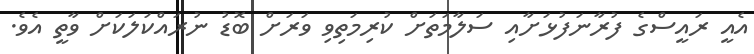
އެއީ ރައީސްގެ ފުރާނަފުޅަށާއި ސަލާމަތަށް ކުރިމަތިވި ވަރަށް ބޮޑު ނުރައްކަލަކަށް ވާތީ އެވެ.